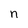
Character: n